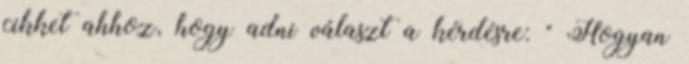
cikket ahhoz, hogy adni választ a kérdésre: " Hogyan